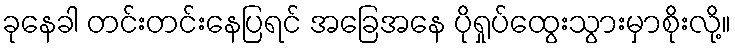
ခုနေခါ တင်းတင်းနေပြရင် အခြေအနေ ပိုရှုပ်ထွေးသွားမှာစိုးလို့။